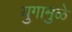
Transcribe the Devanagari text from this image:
युगामुळे